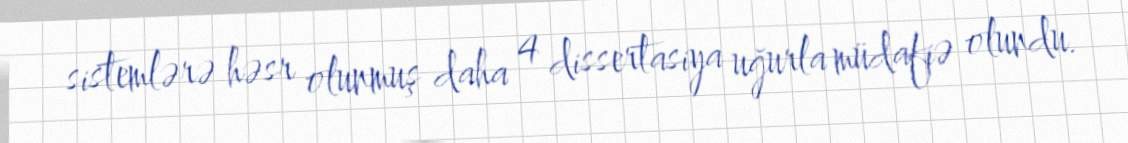
sistemlərə həsr olunmuş daha 4 dissertasiya uğurla müdafiə olundu.